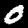
Digit: 0